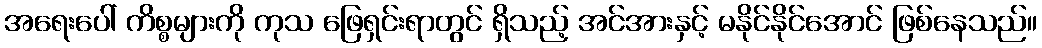
အရေးပေါ် ကိစ္စများကို ကုသ ဖြေရှင်းရာတွင် ရှိသည့် အင်အားနှင့် မနိုင်နိုင်အောင် ဖြစ်နေသည်။